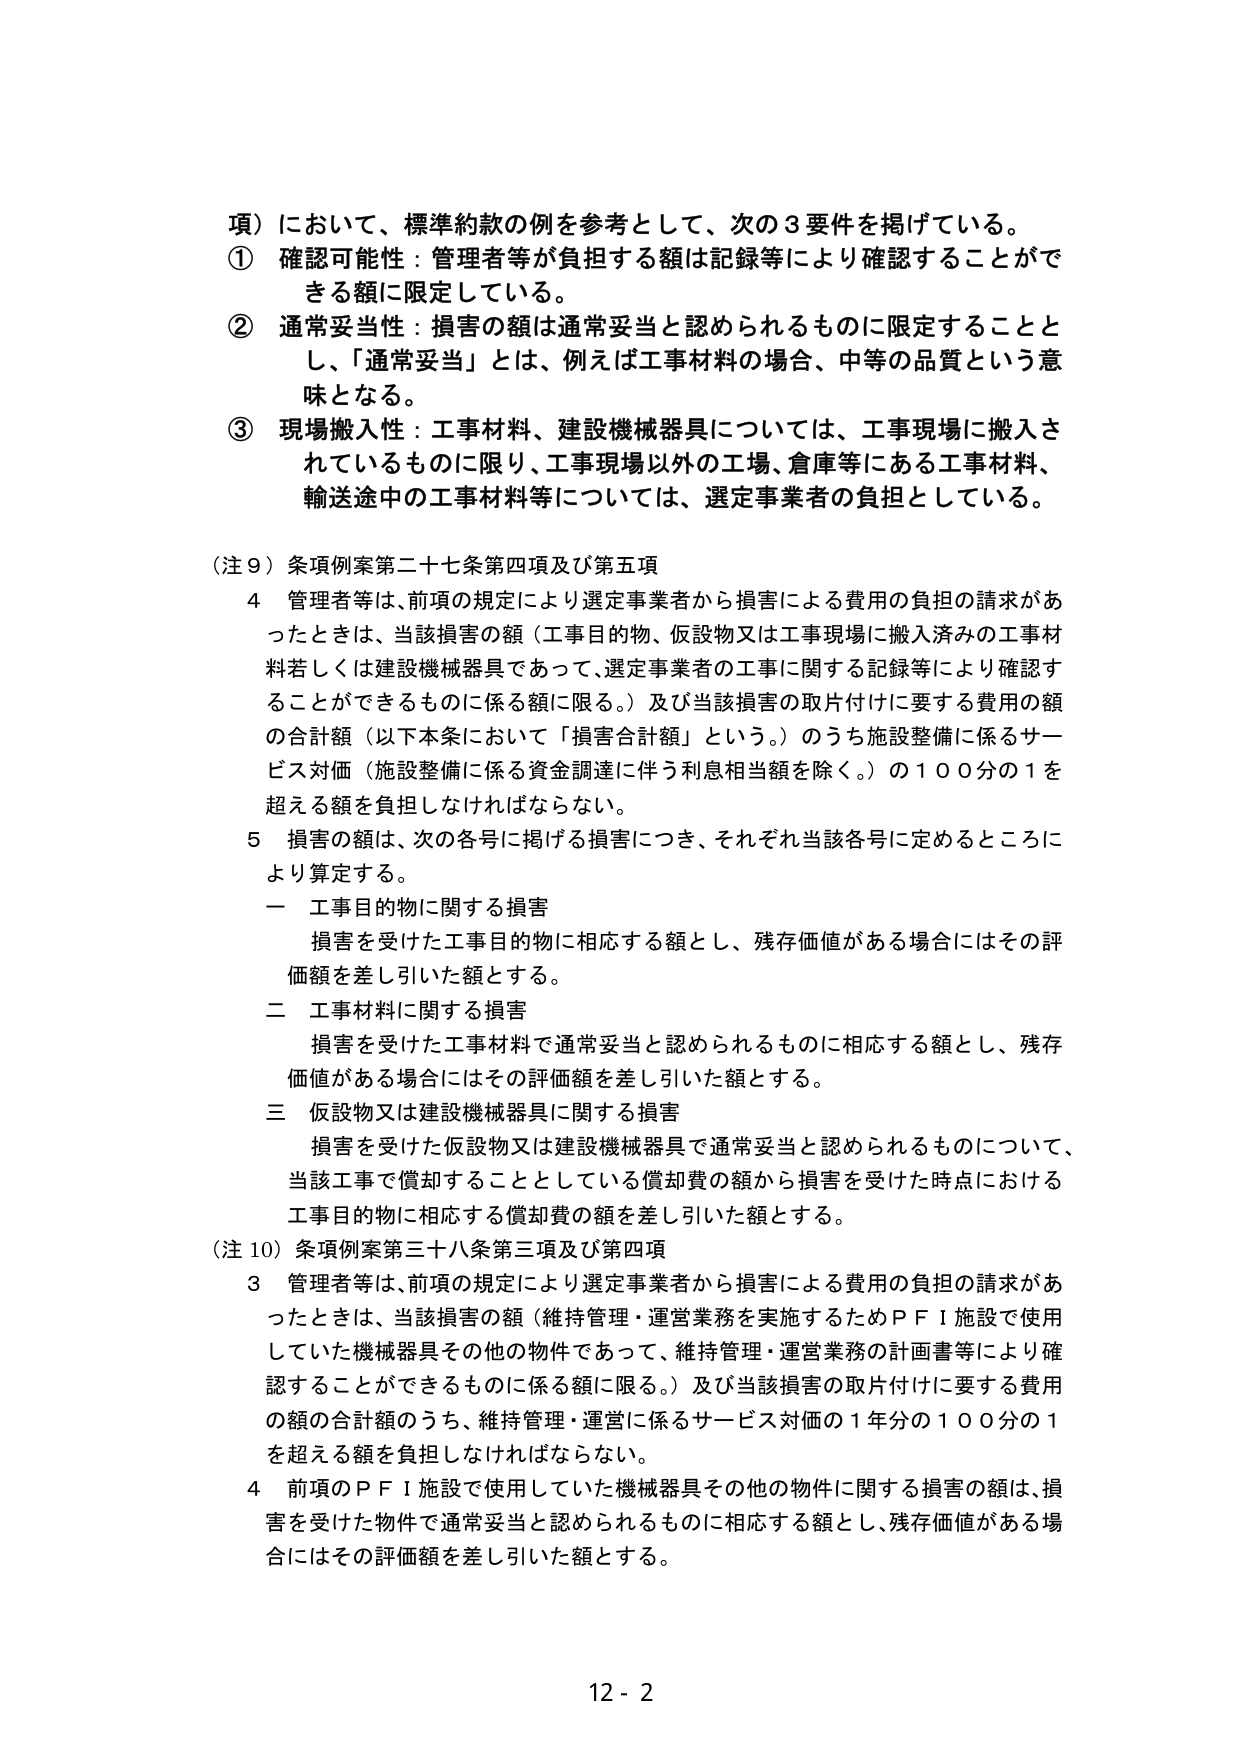
項）において、標準約款の例を参考として、次の３要件を掲げている。
① 確認可能性：管理者等が負担する額は記録等により確認することができる額に限定している。
② 通常妥当性：損害の額は通常妥当と認められるものに限定することとし、「通常妥当」とは、例えば工事材料の場合、中等の品質という意味となる。
③ 現場搬入性：工事材料、建設機械器具については、工事現場に搬入されているものに限り、工事現場以外の工場、倉庫等にある工事材料、輸送途中の工事材料等については、選定事業者の負担としている。

（注９）条項例案第二十七条第四項及び第五項
４ 管理者等は、前項の規定により選定事業者から損害による費用の負担の請求があったときは、当該損害の額（工事目的物、仮設物又は工事現場に搬入済みの工事材料若しくは建設機械器具であって、選定事業者の工事に関する記録等により確認することができるものに係る額に限る。）及び当該損害の取片付けに要する費用の額の合計額（以下本条において「損害合計額」という。）のうち施設整備に係るサービス対価（施設整備に係る資金調達に伴う利息相当額を除く。）の１００分の１を超える額を負担しなければならない。
５ 損害の額は、次の各号に掲げる損害につき、それぞれ当該各号に定めるところにより算定する。
　一 工事目的物に関する損害
　　損害を受けた工事目的物に相応する額とし、残存価値がある場合にはその評価額を差し引いた額とする。
　二 工事材料に関する損害
　　損害を受けた工事材料で通常妥当と認められるものに相応する額とし、残存価値がある場合にはその評価額を差し引いた額とする。
　三 仮設物又は建設機械器具に関する損害
　　損害を受けた仮設物又は建設機械器具で通常妥当と認められるものについて、当該工事で償却することとしている償却費の額から損害を受けた時点における工事目的物に相応する償却費の額を差し引いた額とする。

（注10）条項例案第三十八条第三項及び第四項
３ 管理者等は、前項の規定により選定事業者から損害による費用の負担の請求があったときは、当該損害の額（維持管理・運営業務を実施するためＰＦＩ施設で使用していた機械器具その他の物件であって、維持管理・運営業務の計画書等により確認することができるものに係る額に限る。）及び当該損害の取片付けに要する費用の額の合計額のうち、維持管理・運営に係るサービス対価の１年分の１００分の１を超える額を負担しなければならない。
４ 前項のＰＦＩ施設で使用していた機械器具その他の物件に関する損害の額は、損害を受けた物件で通常妥当と認められるものに相応する額とし、残存価値がある場合にはその評価額を差し引いた額とする。

12 - 2